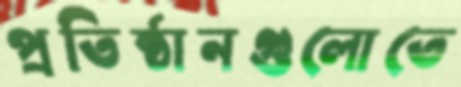
প্রতিষ্ঠানগুলোতে